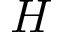
\cal { H }